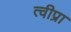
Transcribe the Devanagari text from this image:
त्वीप्रा